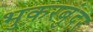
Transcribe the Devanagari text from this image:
भुकरबुंदर